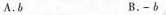
A.b B.-b